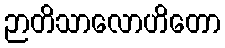
ဉာတိသာလောဟိတော